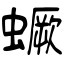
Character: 蟩